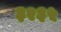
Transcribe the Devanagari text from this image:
३२३५